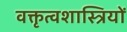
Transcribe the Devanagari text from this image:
वक्तृत्वशास्त्रियों